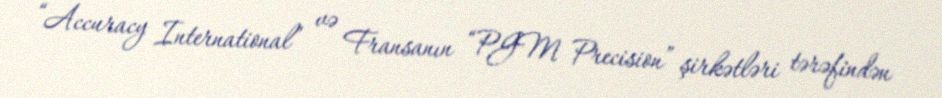
“Accuracy International” və Fransanın “PGM Precision” şirkətləri tərəfindən